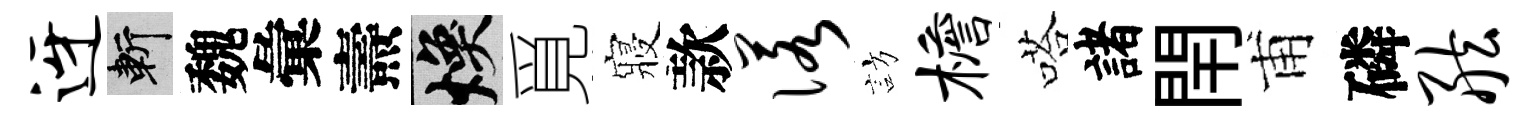
迓斬魏彙燾焕覓寢款诺訪檐嗒諸閈甫磷舷